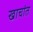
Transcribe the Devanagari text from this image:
खाचांत